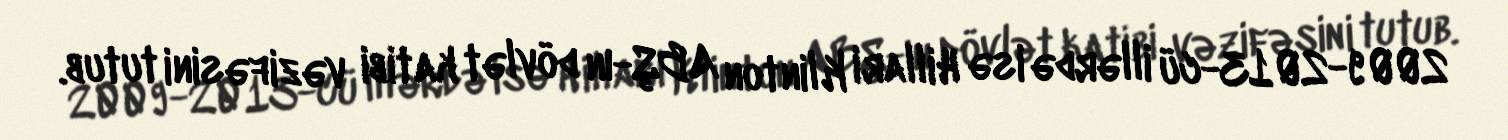
2009-2013-cü illərdə isə Hillari Klinton ABŞ-ın dövlət katibi vəzifəsini tutub.